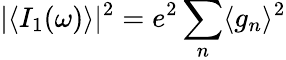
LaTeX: |\langle I_{1}(\omega)\rangle|^{2}=e^{2}\sum_{n}\langle g_{n}\rangle^{2}